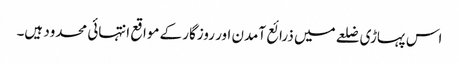
اس پہاڑی ضلعے میں ذرائع آمدن اور روزگار کے مواقع انتہائی محدود ہیں۔